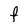
Character: F